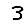
Digit: 3